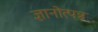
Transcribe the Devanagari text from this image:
ज्ञानोत्पन्न